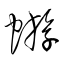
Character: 蝣